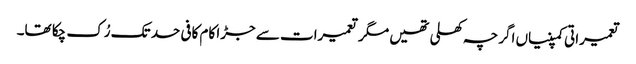
تعمیراتی کمپنیاں اگرچہ کھلی تھیں مگر تعمیرات سے جڑا کام کافی حد تک رُک چکا تھا۔